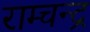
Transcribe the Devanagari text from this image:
राम्चन्द्र